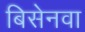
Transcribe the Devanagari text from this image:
बिसेनवा